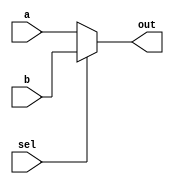
module Mux2to1 #(parameter XLEN = 32)
                (input [XLEN - 1:0] a,
                 b,
                 input sel,
                 output [XLEN - 1:0] out);
    
    assign out = (~sel)? a : b;
    
endmodule